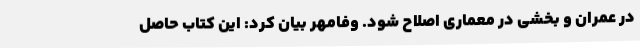
در عمران و بخشی در معماری اصلاح شود. وفامهر بیان کرد: این کتاب حاصل